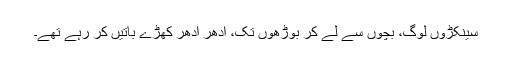
سینکڑوں لوگ، بچوں سے لے کر بوڑھوں تک، ادھر ادھر کھڑے باتیں کر رہے تھے۔